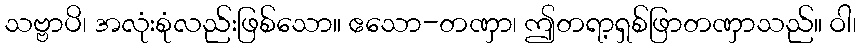
သဗ္ဗာပိ၊ အလုံးစုံလည်းဖြစ်သော။ ဧသော-တဏှာ၊ ဤတရာ့ရှစ်ဖြာတဏှာသည်။ ဝါ၊